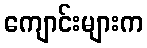
ကျောင်းများက